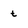
Character: t